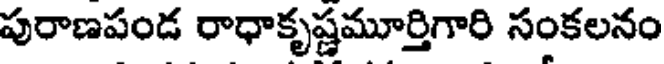
పురాణపండ రాధాకృష్ణమూర్తిగారి సంకలనం